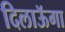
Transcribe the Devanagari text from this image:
दिलाऊॅगा